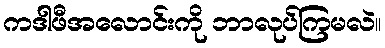
ကဒါဖီအလောင်းကို ဘာလုပ်ကြမလဲ။